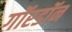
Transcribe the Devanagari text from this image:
गॉरडॉन